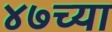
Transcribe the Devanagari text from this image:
४७च्या